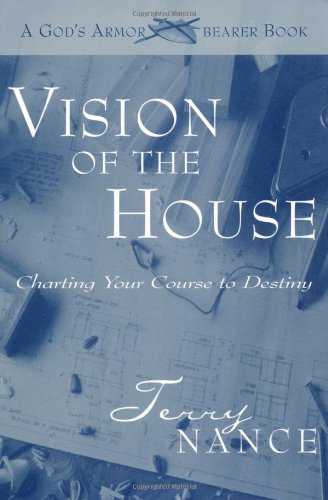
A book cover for Vision for the House: A God's Armorbearer Book; Terry Nance; Christian Books & Bibles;